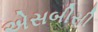
એસબીસી